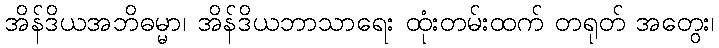
အိန်ဒိယအဘိဓမ္မာ၊ အိန်ဒိယဘာသာရေး ထုံးတမ်းထက် တရုတ် အတွေး၊